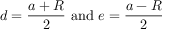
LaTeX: d = { \frac { a + R } { 2 } } { \mathrm { ~ a n d ~ } } e = { \frac { a - R } { 2 } }